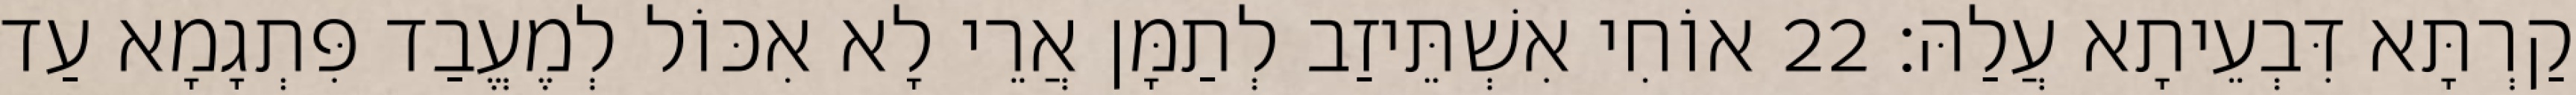
קַרְתָּא דִּבְעֵיתָא עֲלַהּ׃ 22 אוֹחִי אִשְׁתֵּיזַב לְתַמָּן אֲרֵי לָא אִכּוֹל לְמֶעֱבַד פִּתְגָמָא עַד